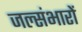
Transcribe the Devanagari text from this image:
जल्संभारों